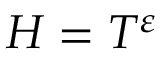
H = T ^ { \varepsilon }